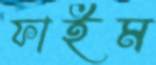
ফাইম